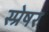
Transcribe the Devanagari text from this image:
स्प्रेषर